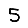
Digit: 5